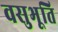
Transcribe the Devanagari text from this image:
वसुभूति